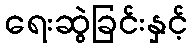
ရေးဆွဲခြင်းနှင့်